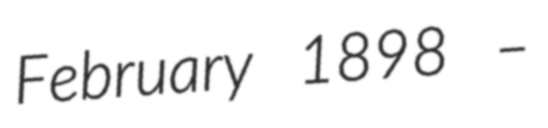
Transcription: February 1898 –